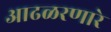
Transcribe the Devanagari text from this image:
आढळरणारे